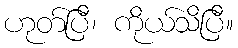
ဟုတ်ပြီ၊ ကိုယ်သိပြီ။